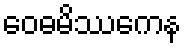
ဝေဓမိဿကေန